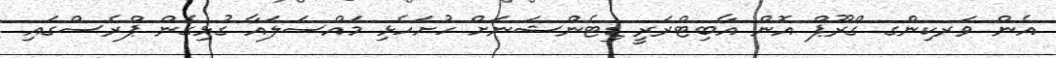
އެން ވަރކިންގ ގްރޫޕް އޮން އާބިޓްރަރީ ޑިޓެންޝަނަށް ހުށަހެޅި މައްސަލައާ ގުޅިގެން ޕްރެސްގައި